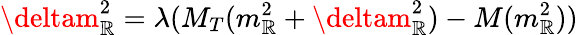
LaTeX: \deltam_{\mathbb{R}}^{2}=\lambda(M_{T}(m_{\mathbb{R}}^{2}+\deltam_{\mathbb{R}}^{2})-M(m_{\mathbb{R}}^{2}))